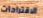
الاقتراحات